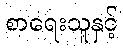
စာရေးသူနှင့်